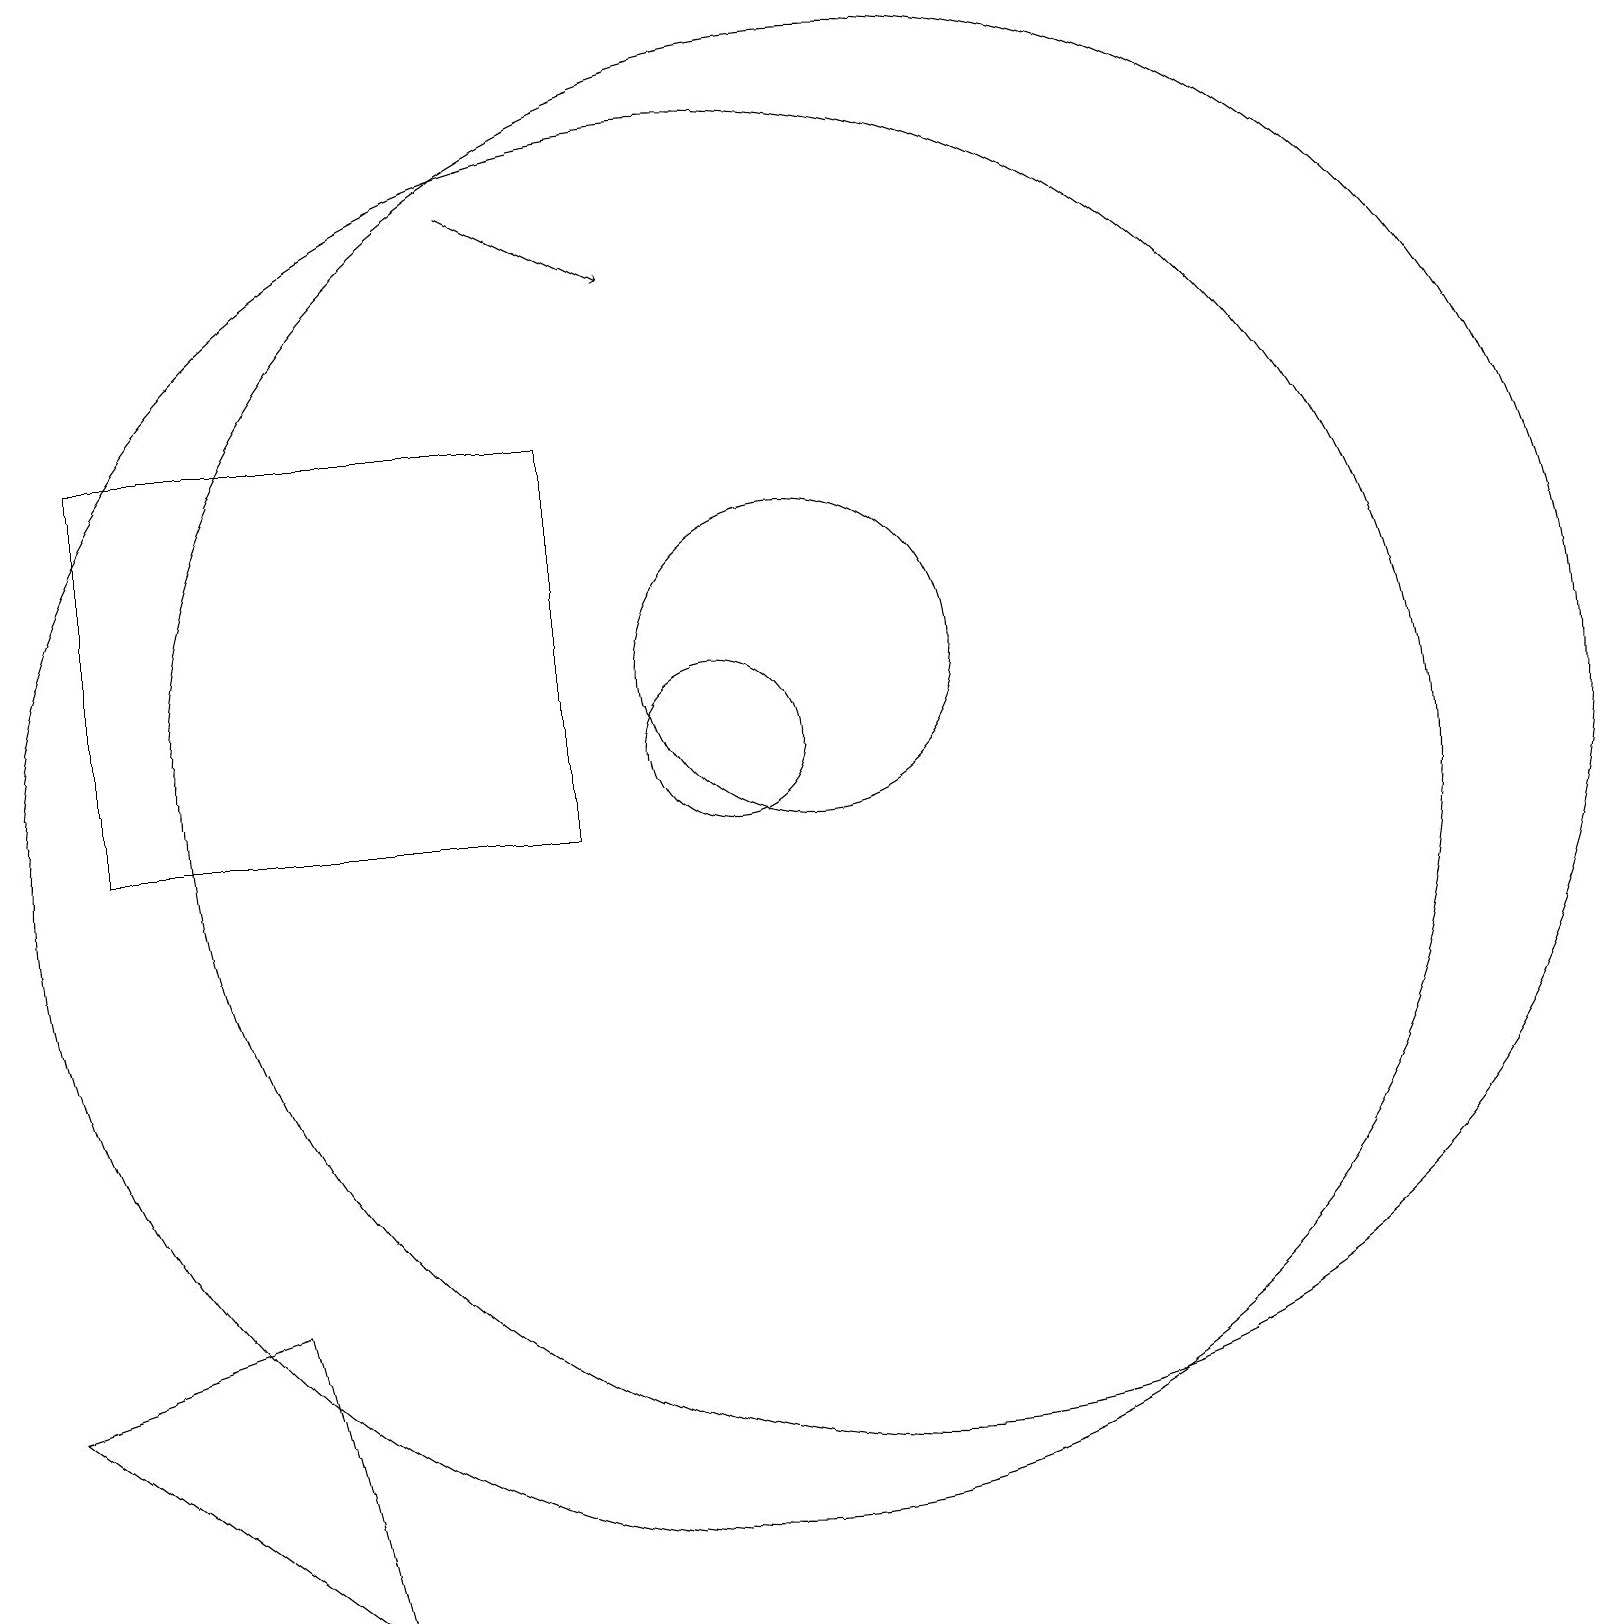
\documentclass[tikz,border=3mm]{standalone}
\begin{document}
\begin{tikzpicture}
\draw[->] (7,18) -- (9,17);
\draw (11,12) circle (2);
\draw (10,10) circle (9);
\draw (12,12) circle (0);
\draw (1,3) -- (4,4) -- (5,0) -- cycle;
\draw (10,11) circle (1);
\draw (12,11) circle (9);
\draw (8,15) rectangle (2,10);
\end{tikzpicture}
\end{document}